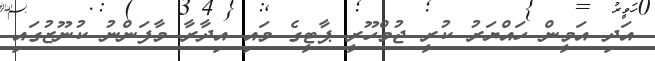
އަދި އަމީން ހައްޔަރު ކުރީ ޖުމްހޫރީ ޕާޓީގެ މައި އިދާރާ މާފަންނު ކުނޫޒުގައި